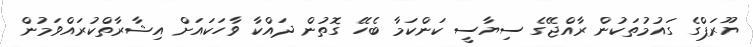
ޔޫރަޕްގެ ގައުމުތަކުން ރާއްޖޭގެ ސިޔާސީ ކަންކަމާ ބެހޭ ގޮތުން ދައްކާ ވާހަކައަށް އިޝާރާތްކުރައްވަމުން